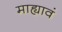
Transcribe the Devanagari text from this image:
माह्यावं